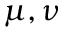
\mu , \nu